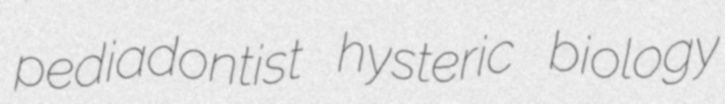
pediadontist hysteric biology